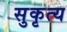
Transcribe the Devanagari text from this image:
सुकृत्य